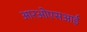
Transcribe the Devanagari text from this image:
आरओएसआई